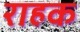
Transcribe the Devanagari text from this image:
राहक